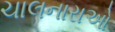
ચાલનારાઓ